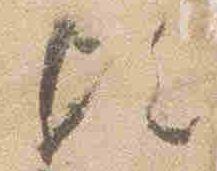
歟